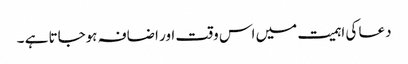
دعا کی اہمیت میں اس وقت اور اضافہ ہوجاتا ہے ۔